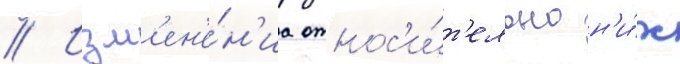
// Изм'ен'е́н'иа относ'и́т'ельно н'и́х